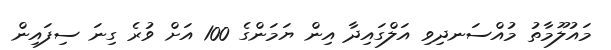
މައުލޫމާތު މުއްސަނދިވި އަލްގައިދާ އިން ޔަމަންގެ 100 އަށް ވުރެ ގިނަ ސިފައިން